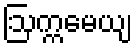
ဩက္ကမေယျ